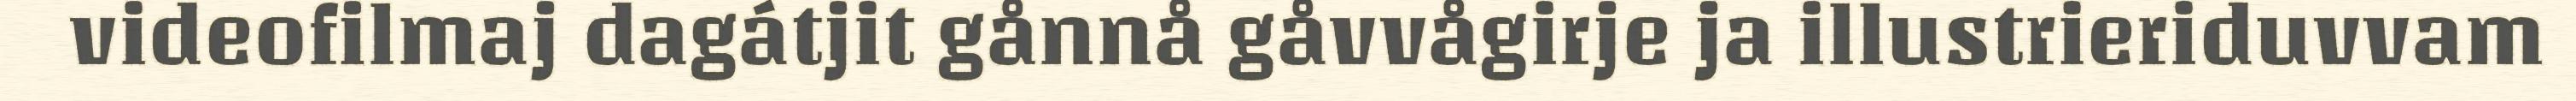
videofilmaj dagátjit gånnå gåvvågirje ja illustrieriduvvam